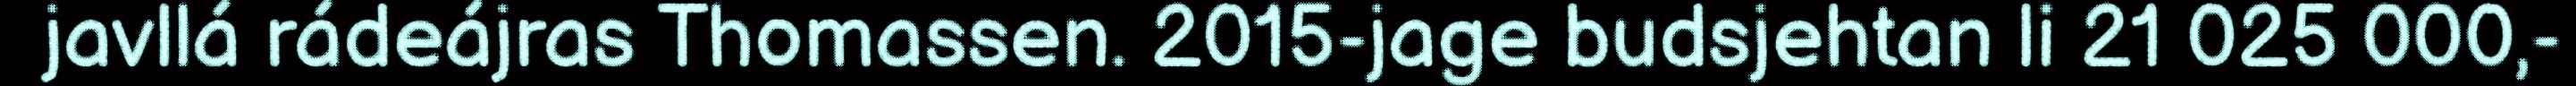
javllá rádeájras Thomassen. 2015-jage budsjehtan li 21 025 000,-